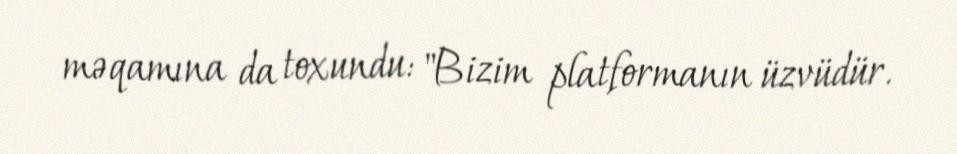
məqamına da toxundu: "Bizim platformanın üzvüdür.